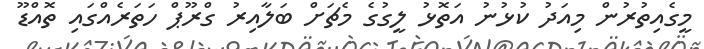
މީގެއިތުރުން މިއަދު ކުޅުނު އަތޮޅު ލީގުގެ މެޗަށް ބަލާއިރު ގްރޫޕް ހަތަރެއްގައި ތޮއްޑޫ